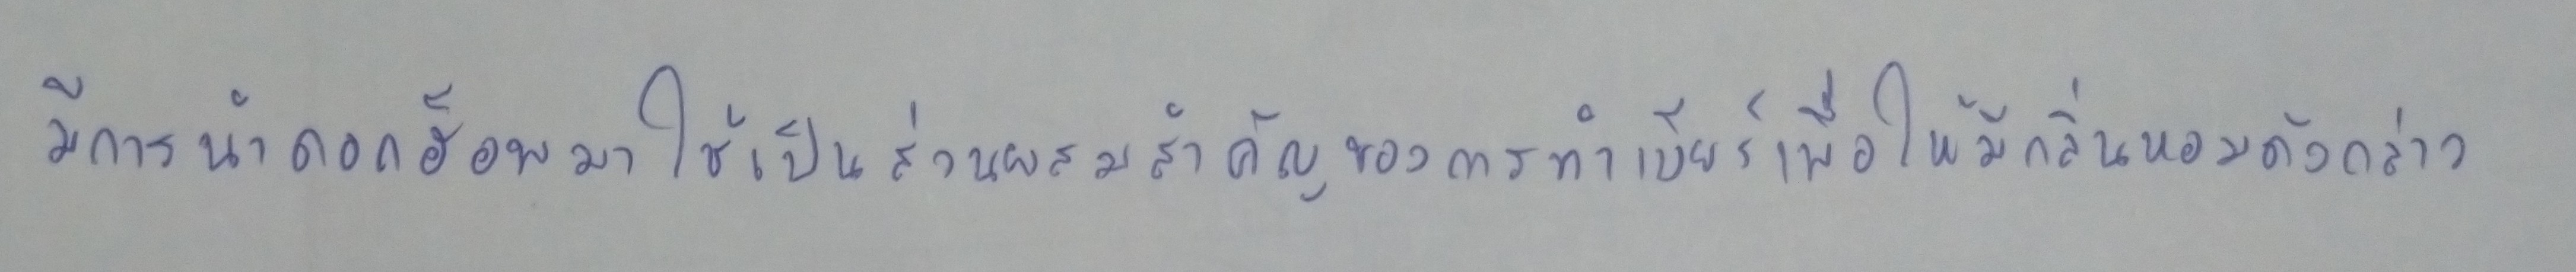
มีการนำดอกฮ็อพมาใช้เป็นส่วนผสมสำคัญของการทำเบียร์เพื่อให้มีกลิ่นหอมดังกล่าว